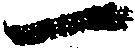
一